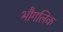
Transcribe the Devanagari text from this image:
भौगलिक